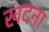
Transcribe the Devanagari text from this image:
खदना